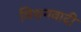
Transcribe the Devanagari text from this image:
मिशनवादी